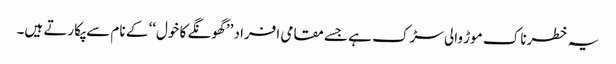
یہ خطرناک موڑ والی سڑک ہے جسے مقامی افراد ’’ گھونگے کا خول‘‘ کے نام سے پکارتے ہیں۔